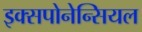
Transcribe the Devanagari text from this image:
इक्सपोनेन्सियल